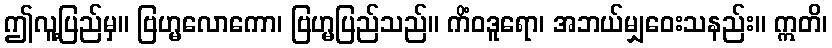
ဤလူ့ပြည်မှ။ ဗြဟ္မလောကော၊ ဗြဟ္မပြည်သည်။ ကိံဝဒူရော၊ အဘယ်မျှဝေးသနည်း။ ဣတိ၊